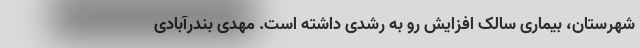
شهرستان، بیماری سالک افزایش رو به رشدی داشته است. مهدی بندرآبادی